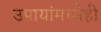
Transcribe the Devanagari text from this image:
उपायांमध्येही